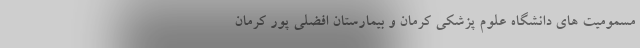
مسمومیت های دانشگاه علوم پزشکی کرمان و بیمارستان افضلی پور کرمان